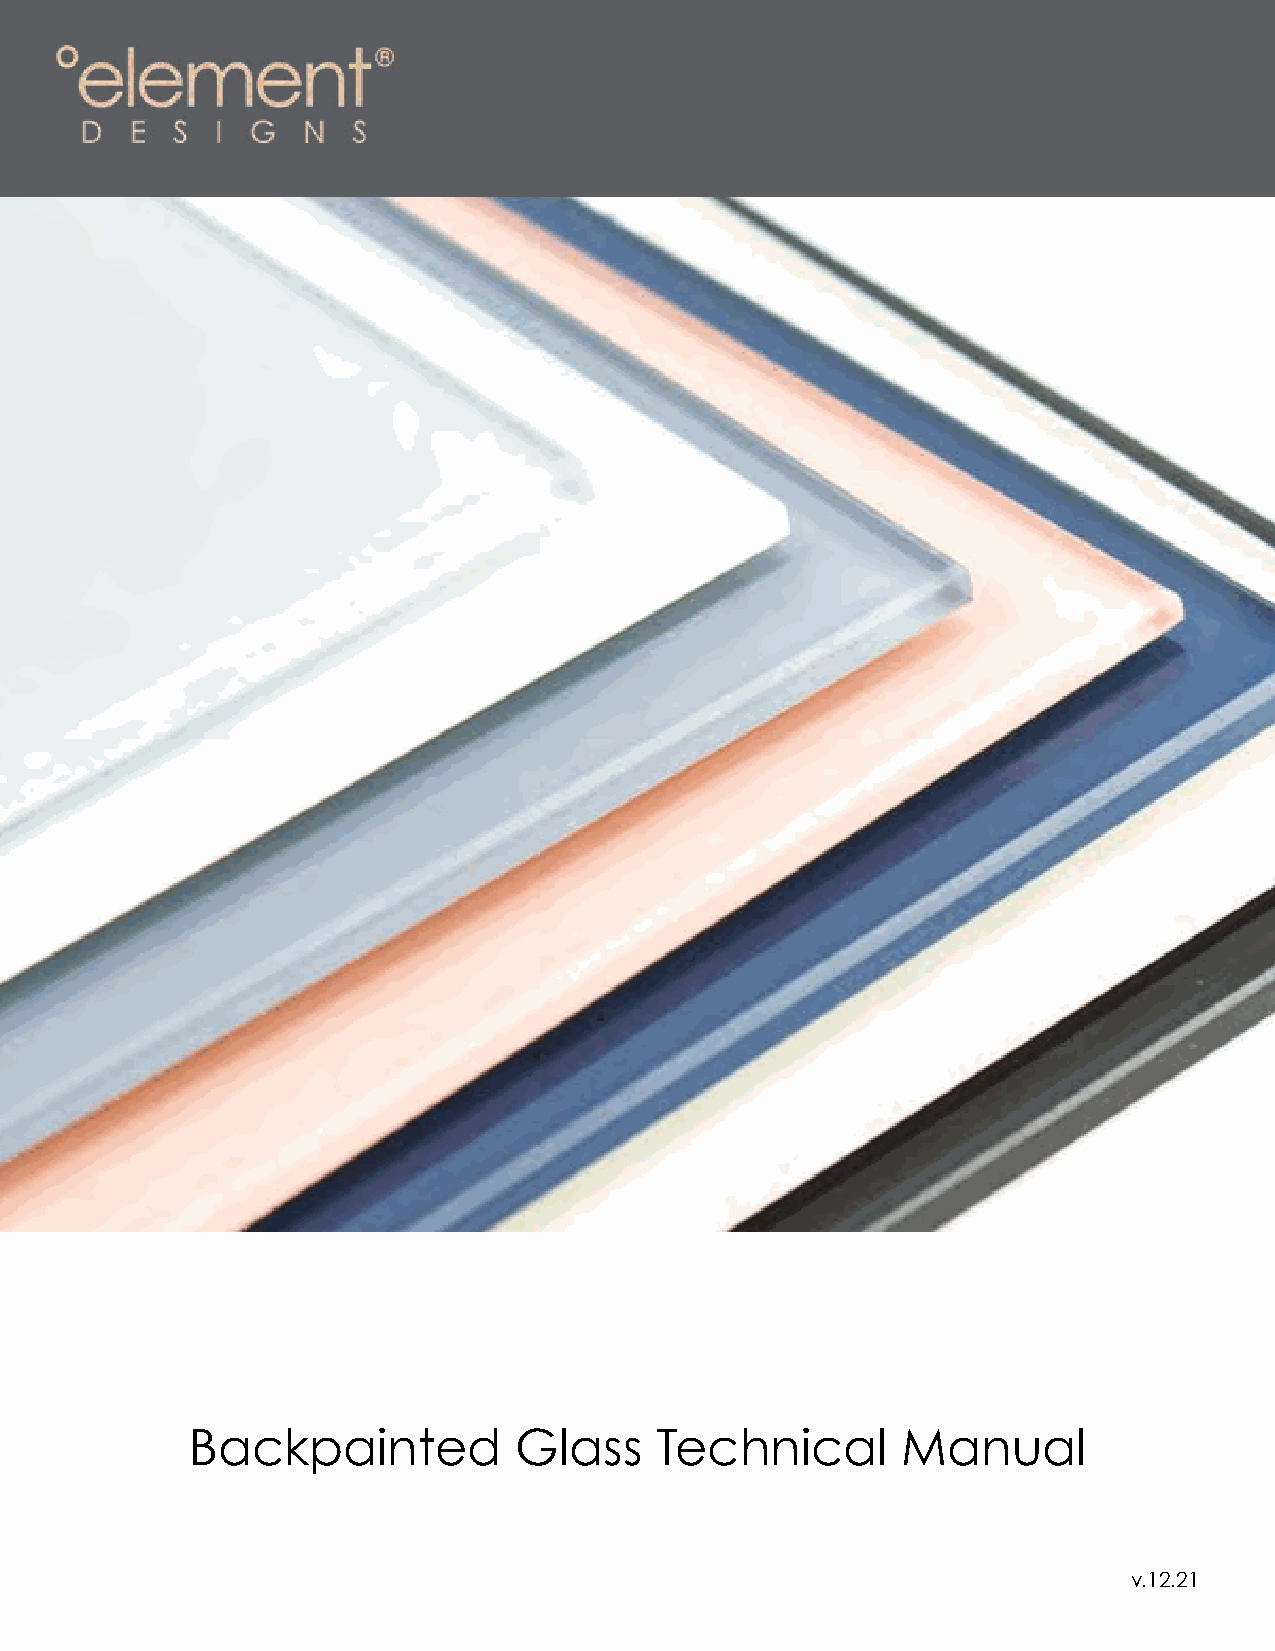
Backpainted Glass
 Backpainted          Glass    Technical        Manual
 1                                                                      v.12.21